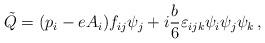
LaTeX: \begin{align*} \tilde Q = (p_i - e A_i) f_{ij} \psi_j +i {b \over 6}\varepsilon_{ijk}\psi_i\psi_j\psi_k \, ,\end{align*}